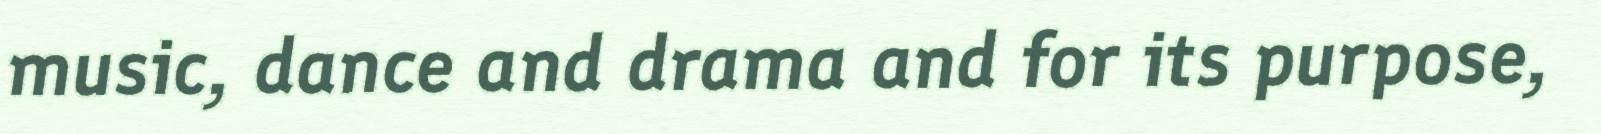
music, dance and drama and for its purpose,